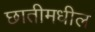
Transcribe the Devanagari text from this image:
छातीमधील